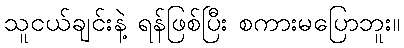
သူငယ်ချင်းနဲ့ ရန်ဖြစ်ပြီး စကားမပြောဘူး။